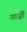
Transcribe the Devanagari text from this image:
गार्ज़ी